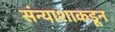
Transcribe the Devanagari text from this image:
संन्याशाकडून